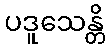
ပဒူသေန္တိ